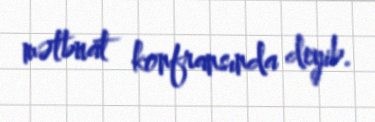
mətbuat konfransında deyib.